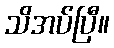
သိအပ်ပြီ။